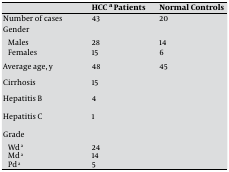
|  | HCC a Patients | Normal Controls |
 | --- | --- | --- |
 | Number of cases | 43 | 20 |
 | Gender |  |  |
 | Males | 28 | 14 |
 | Females | 15 | 6 |
 | Average age, y | 48 | 45 |
 | Cirrhosis | 15 |  |
 | Hepatitis B | 4 |  |
 | Hepatitis C | 1 |  |
 | Grade |  |  |
 | Wd a | 24 |  |
 | Md a | 14 |  |
 | Pd a | 5 |  |